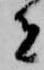
者